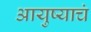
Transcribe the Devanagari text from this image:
आयुष्याचं